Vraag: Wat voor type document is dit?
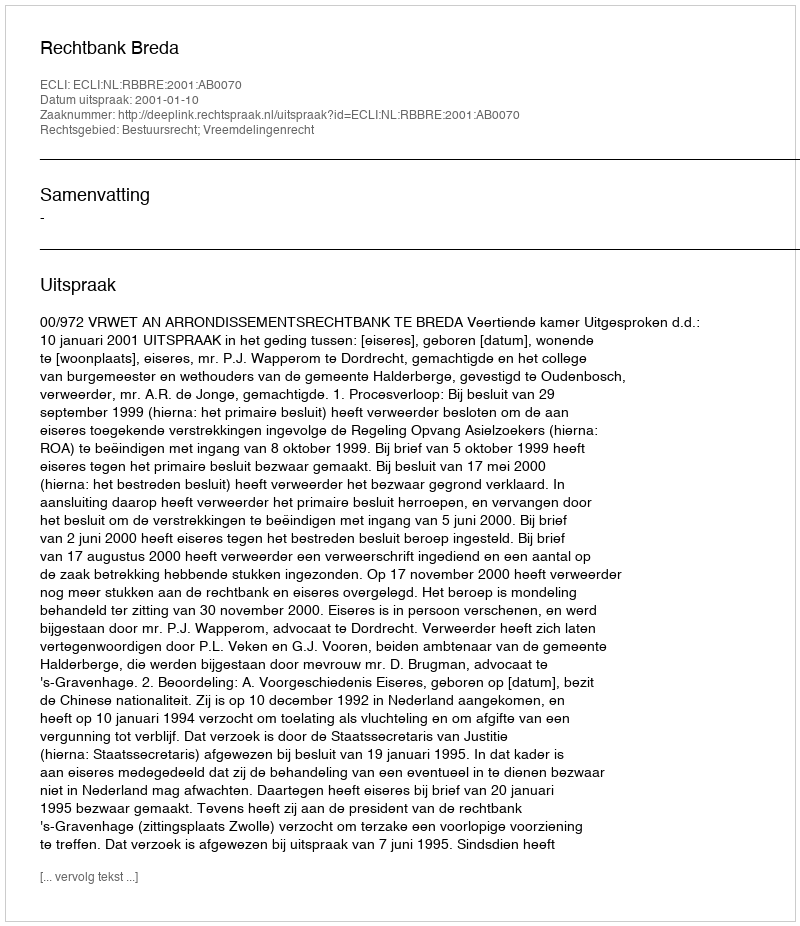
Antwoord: Uitspraak